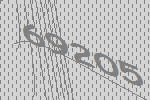
69205